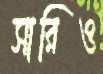
সারিও